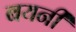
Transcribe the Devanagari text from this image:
बयनी